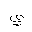
Letter: _ya